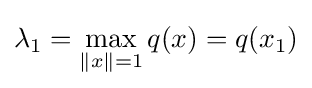
\lambda _{1}=\max _{\|x\|=1}q(x)=q(x_{1})